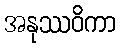
အနုဿဝိကာ